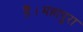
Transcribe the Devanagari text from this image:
हैं।महापुरा